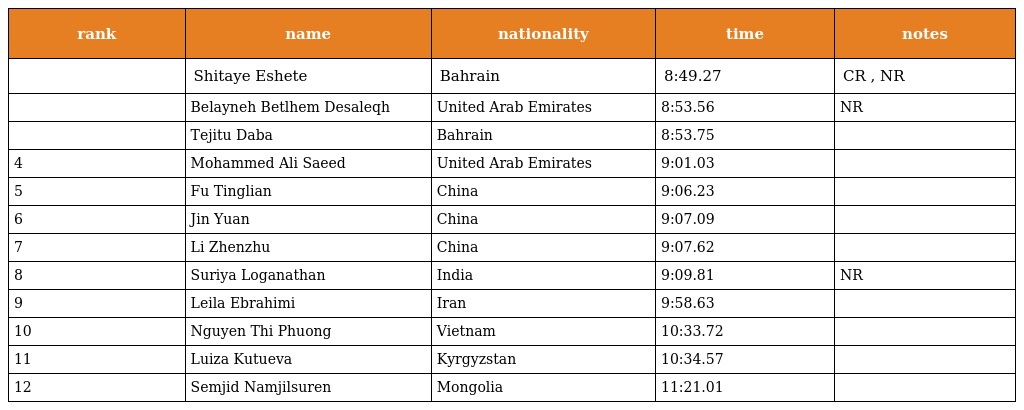
| rank | name | nationality | time | notes |
 | --- | --- | --- | --- | --- |
 |  | Shitaye Eshete | Bahrain | 8:49.27 | CR , NR |
 |  | Belayneh Betlhem Desaleqh | United Arab Emirates | 8:53.56 | NR |
 |  | Tejitu Daba | Bahrain | 8:53.75 |  |
 | 4 | Mohammed Ali Saeed | United Arab Emirates | 9:01.03 |  |
 | 5 | Fu Tinglian | China | 9:06.23 |  |
 | 6 | Jin Yuan | China | 9:07.09 |  |
 | 7 | Li Zhenzhu | China | 9:07.62 |  |
 | 8 | Suriya Loganathan | India | 9:09.81 | NR |
 | 9 | Leila Ebrahimi | Iran | 9:58.63 |  |
 | 10 | Nguyen Thi Phuong | Vietnam | 10:33.72 |  |
 | 11 | Luiza Kutueva | Kyrgyzstan | 10:34.57 |  |
 | 12 | Semjid Namjilsuren | Mongolia | 11:21.01 |  |